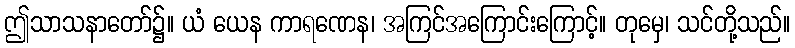
ဤသာသနာတော်၌။ ယံ ယေန ကာရဏေန၊ အကြင်အကြောင်းကြောင့်။ တုမှေ၊ သင်တို့သည်။